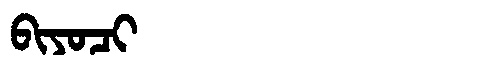
Manchu: ᠪᡳᠶᠣᠴᡳ
Romanization: BIYOCI